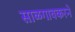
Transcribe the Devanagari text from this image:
साळगावकरने